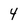
Character: 4